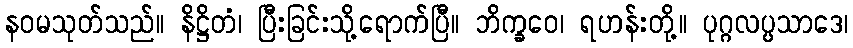
နဝမသုတ်သည်။ နိဋ္ဌိတံ၊ ပြီးခြင်းသို့ရောက်ပြီ။ ဘိက္ခဝေ၊ ရဟန်းတို့။ ပုဂ္ဂလပ္ပသာဒေ၊